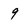
Character: 9